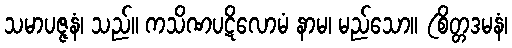
သမာပဇ္ဇနံ၊ သည်။ ကသိဏပဋိလောမံ နာမ၊ မည်သော။ (စိတ္တဒမနံ၊